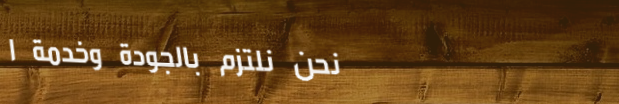
نحن نلتزم بالجودة وخدمة ا